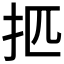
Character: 𰒿